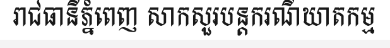
រាជធានីភ្នំពេញ សាកសួរបន្តករណីឃាតកម្ម